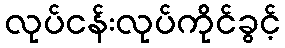
လုပ်ငန်းလုပ်ကိုင်ခွင့်